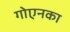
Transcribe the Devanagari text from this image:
गोएनका